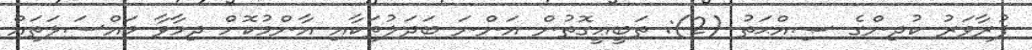
ފުރާވަރު ކުދިންގެ ޞިއްޙަތު (2): ތަބީޢީގޮތުން އަންނަ ބަދަލުތަކާއި އާންމުކޮށް ދިމާވާ މައްސަލަތައް